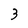
Character: 3